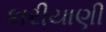
કારીયાણી